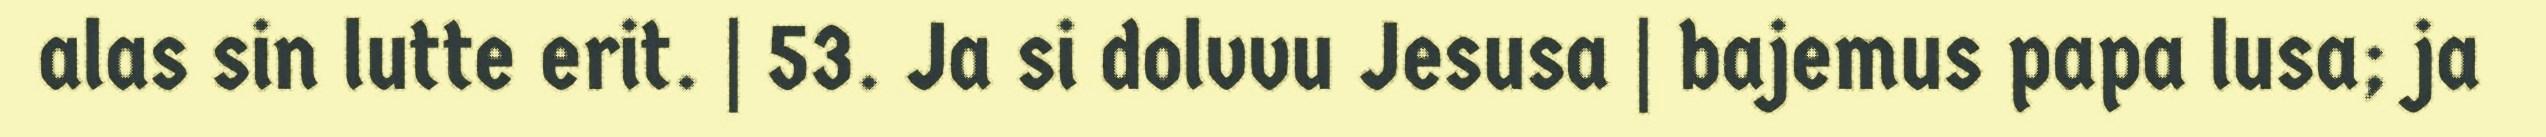
alas sin lutte erit. | 53. Ja si dolvvu Jesusa | bajemus papa lusa; ja